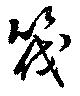
筏